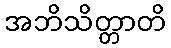
အဘိသိတ္တာတိ